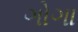
ગોગા